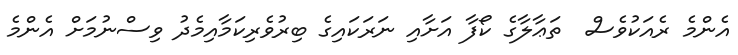
އެންމެ ރެއަކުވެސް  ތަޢާލާގެ ކޯފާ އަށާއި ނަރަކައިގެ ބިރުވެރިކަމާއިމެދު ވިސްނުމަށް އެންމެ